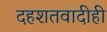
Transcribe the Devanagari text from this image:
दहशतवादीही